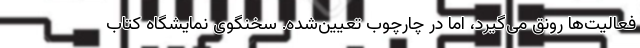
فعالیت‌ها رونق می‌گیرد، اما در چارچوب تعیین‌شده. سخنگوی نمایشگاه کتاب